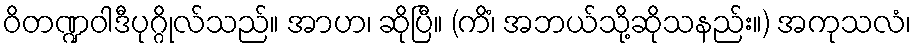
ဝိတဏ္ဍဝါဒီပုဂ္ဂိုလ်သည်။ အာဟ၊ ဆိုပြီ။ (ကိံ၊ အဘယ်သို့ဆိုသနည်း။) အကုသလံ၊